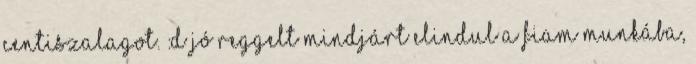
centiszalagot. :D Jó reggelt Mindjárt elindul a fiam munkába,